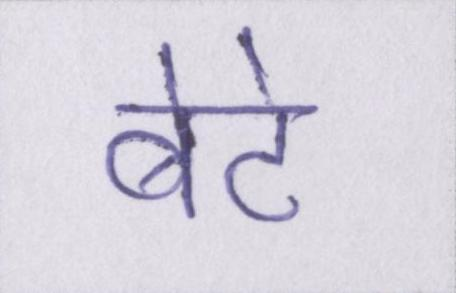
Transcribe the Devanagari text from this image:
बेटे